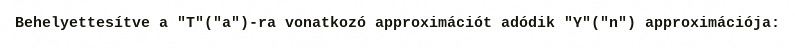
Behelyettesítve a "T"("a")-ra vonatkozó approximációt adódik "Y"("n") approximációja: